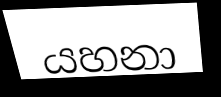
යහනා